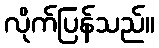
လိုက်ပြန်သည်။